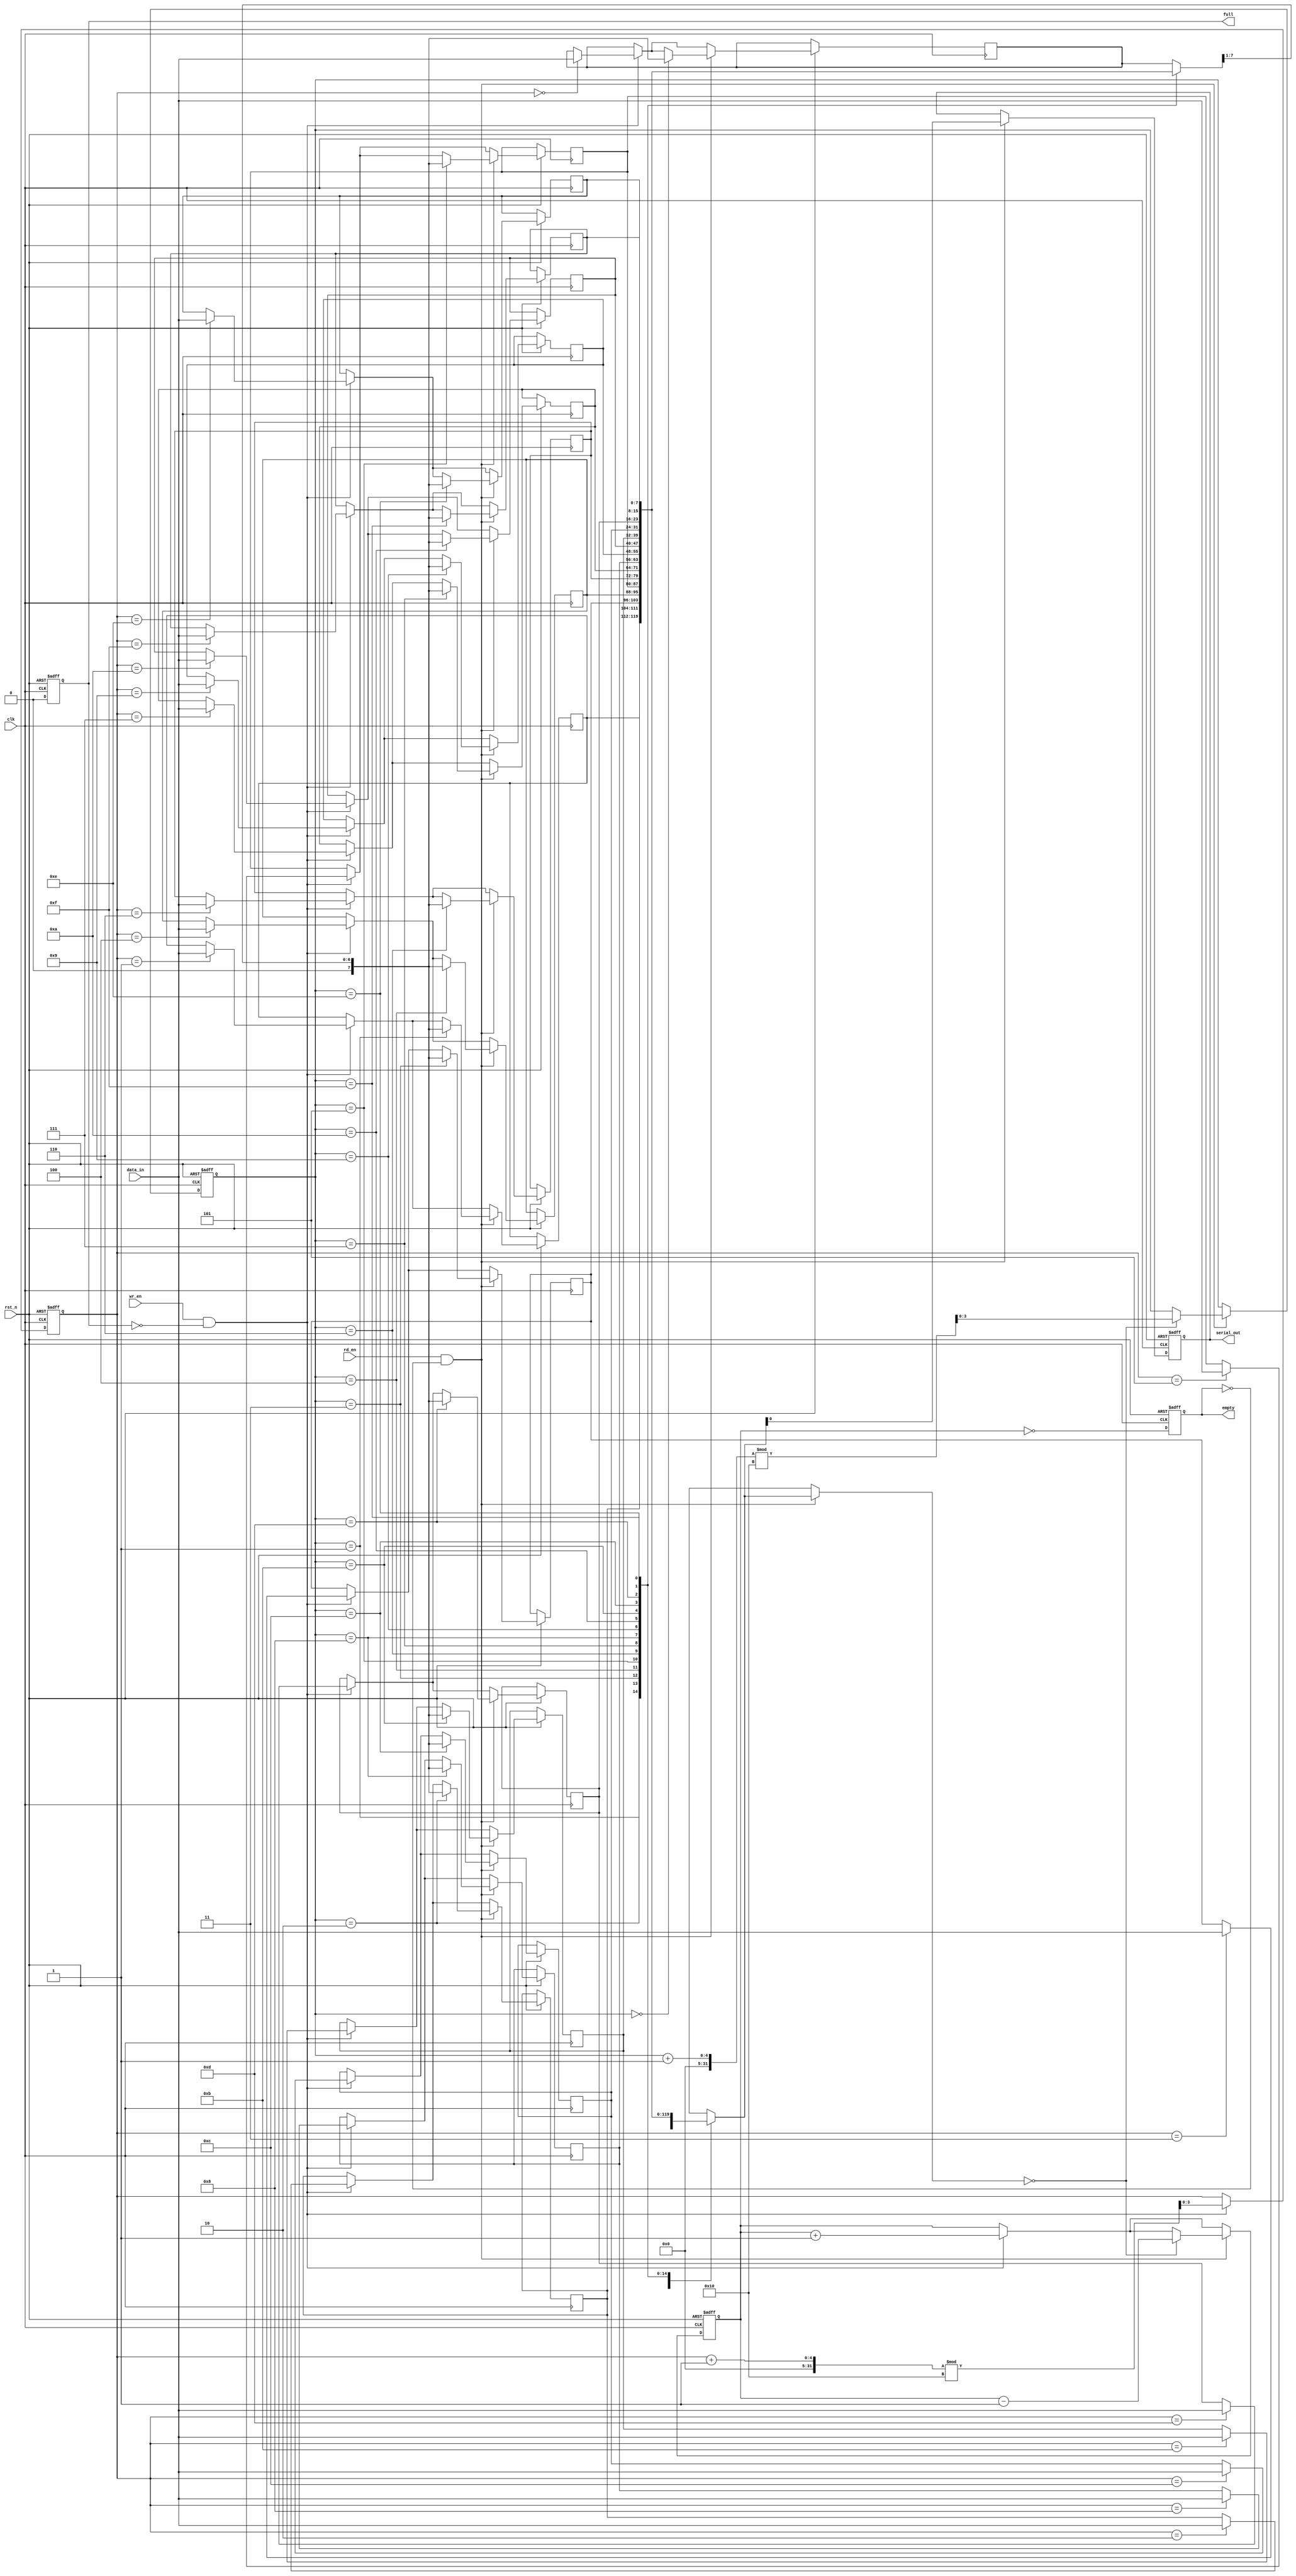
module FIFO_PISO #(
    parameter DATA_WIDTH = 8,  // Width of the data input
    parameter FIFO_DEPTH = 16   // Depth of the FIFO
)(
    input wire clk,             // Clock signal
    input wire rst_n,           // Asynchronous reset (active low)
    input wire wr_en,           // Write enable signal
    input wire rd_en,           // Read enable signal
    input wire [DATA_WIDTH-1:0] data_in, // Parallel data input
    output reg serial_out,      // Serial output
    output reg full,            // FIFO full flag
    output reg empty            // FIFO empty flag
);

    reg [DATA_WIDTH-1:0] fifo_mem [0:FIFO_DEPTH-1]; // FIFO memory
    reg [3:0] wr_ptr;         // Write pointer
    reg [3:0] rd_ptr;         // Read pointer
    reg [3:0] count;          // Number of elements in FIFO

    // Asynchronous reset and FIFO control logic
    always @(posedge clk or negedge rst_n) begin
        if (!rst_n) begin
            wr_ptr <= 0;
            rd_ptr <= 0;
            count <= 0;
            full <= 0;
            empty <= 1;
            serial_out <= 0;
        end else begin
            // Write operation
            if (wr_en && !full) begin
                fifo_mem[wr_ptr] <= data_in;
                wr_ptr <= (wr_ptr + 1) % FIFO_DEPTH;
                count <= count + 1;
            end
            
            // Read operation
            if (rd_en && !empty) begin
                serial_out <= fifo_mem[rd_ptr][0]; // Shift out the LSB
                fifo_mem[rd_ptr] <= {1'b0, fifo_mem[rd_ptr][DATA_WIDTH-1:1]}; // Shift left
                if (fifo_mem[rd_ptr] == 0) begin
                    rd_ptr <= (rd_ptr + 1) % FIFO_DEPTH;
                    count <= count - 1;
                end
            end
            
            // Update full and empty flags
            full <= (count == FIFO_DEPTH);
            empty <= (count == 0);
        end
    end

endmodule